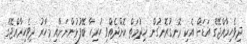
ދިވެހިރާއްޖޭގެ އަޑަށް އެކި ރޮނގުރޮނގުން ޚިދުމަތް ކޮށްދެއްވި ހުރިހާ ބޭފުޅުންނަށާއި މިހާރު ދިވެހިރާއްޖޭގެ